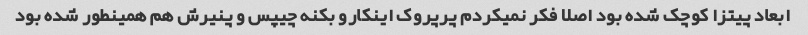
ابعاد پیتزا کوچک شده بود اصلا فکر نمیکردم پرپروک اینکارو بکنه چیپس و پنیرش هم همینطور شده بود